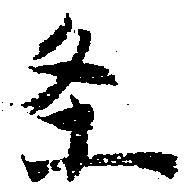
条